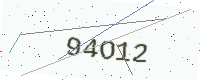
Text: 94O12